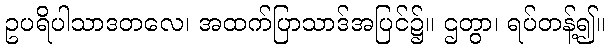
ဥပရိပါသာဒတလေ၊ အထက်ပြာသာဒ်အပြင်၌။ ဌတွာ၊ ရပ်တန့်၍။